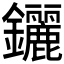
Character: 𨰣